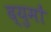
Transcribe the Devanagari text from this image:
द्युमों